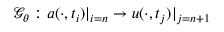
\mathcal { G } _ { \theta } : a ( \cdot , t _ { i } ) | _ { i = n } \to u ( \cdot , t _ { j } ) | _ { j = n + 1 }